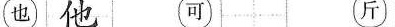
也 他 可 斤